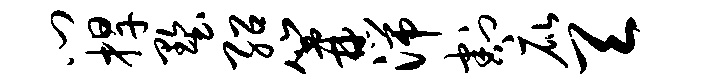
门捍墅绍篝湍割庇天